Scientific memoirs by medical officers of the Army of India - Part IX,
Year: 1895
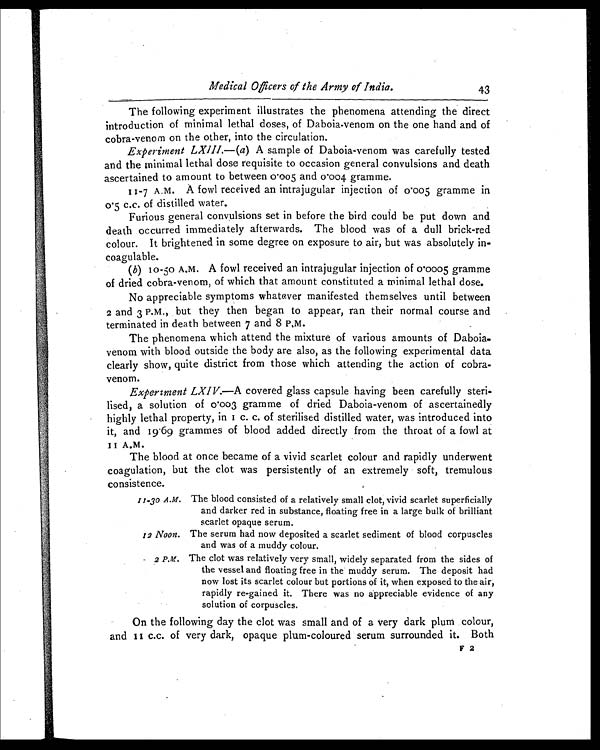
Medical Officers of the Army of India.
43
The following experiment illustrates the phenomena attending the direct
introduction of minimal lethal doses, of Daboia-venom on the one hand and of
cobra-venom on the other, into the circulation.
Experiment LXIII. —( a ) A sample of Daboia-venom was carefully tested
and the minimal lethal dose requisite to occasion general convulsions and death
ascertained to amount to between 0.005 and 0.004 gramme.
11-7 A.M. A fowl received an intrajugular injection of 0.005 gramme in
0.5 c.c. of distilled water.
Furious general convulsions set in before the bird could be put down and
death occurred immediately afterwards. The blood was of a dull brick-red
colour. It brightened in some degree on exposure to air, but was absolutely in-
coagulable.
( b ) 10-50 A.M. A fowl received an intrajugular injection of 0.0005 gramme
of dried cobra-venom, of which that amount constituted a minimal lethal dose.
No appreciable symptoms whatever manifested themselves until between
2 and 3 P.M., but they then began to appear, ran their normal course and
terminated in death between 7 and 8 P.M.
The phenomena which attend the mixture of various amounts of Daboia
-venom with blood outside the body are also, as the following experimental data
clearly show, quite district from those which attending the action of cobra-
venom.
Experiment LXIV.—A covered glass capsule having been carefully steri-
lised, a solution of 0.003 gramme of dried Daboia-venom of ascertainedly
highly lethal property, in 1 c. c. of sterilised distilled water, was introduced into
it, and 19.69 grammes of blood added directly from the throat of a fowl at
11 A.M.
The blood at once became of a vivid scarlet colour and rapidly underwent
coagulation, but the clot was persistently of an extremely soft, tremulous
consistence.
11-30 A.M. The blood consisted of a relatively small clot, vivid scarlet superficially
and darker red in substance, floating free in a large bulk of brilliant
scarlet opaque serum.
12 Noon. The serum had now deposited a scarlet sediment of blood corpuscles
and was of a muddy colour.
2 P.M. The clot was relatively very small, widely separated from the sides of
the vessel and floating free in the muddy serum. The deposit had
now lost its scarlet colour but portions of it, when exposed to the air,
rapidly re-gained it. There was no appreciable evidence of any
solution of corpuscles.
On the following day the clot was small and of a very dark plum colour,
and 11 c.c. of very dark, opaque plum-coloured serum surrounded it. Both
F 2